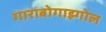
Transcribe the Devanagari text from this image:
गाराबोगाझ्गोल